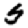
Digit: 5